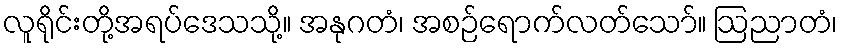
လူရိုင်းတို့အရပ်ဒေသသို့။ အနုဂတံ၊ အစဉ်ရောက်လတ်သော်။ ဩညာတံ၊